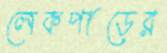
লেকপাড়ের